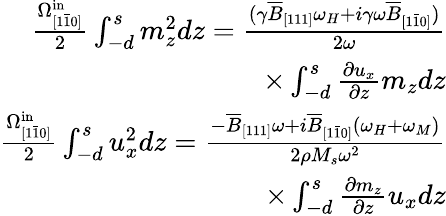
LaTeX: \begin{array}{r}{\frac{\Omega_{[1\bar{1}0]}^{\mathrm{in}}}{2}\int_{-d}^{s}m_{z}^{2}dz=\frac{(\gamma\overline{{B}}_{[111]}\omega_{H}+i\gamma\omega\overline{{B}}_{[1\bar{1}0]})}{2\omega}}\\ {\times\int_{-d}^{s}\frac{\partial u_{x}}{\partial z}m_{z}dz}\\ {\frac{\Omega_{[1\bar{1}0]}^{\mathrm{in}}}{2}\int_{-d}^{s}u_{x}^{2}dz=\frac{-\overline{{B}}_{[111]}\omega+i\overline{{B}}_{[1\bar{1}0]}(\omega_{H}+\omega_{M})}{2\rho M_{s}\omega^{2}}}\\ {\times\int_{-d}^{s}\frac{\partial m_{z}}{\partial z}u_{x}dz}\end{array}